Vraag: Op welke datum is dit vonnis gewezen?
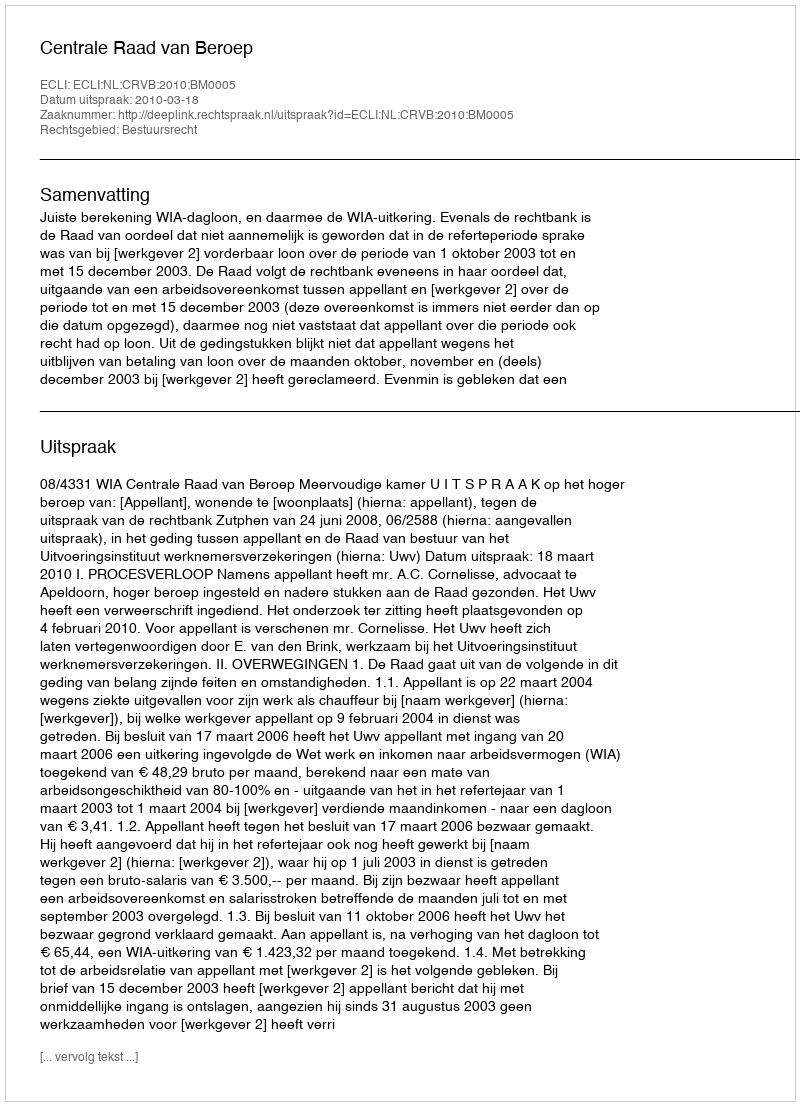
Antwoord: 2010-03-18